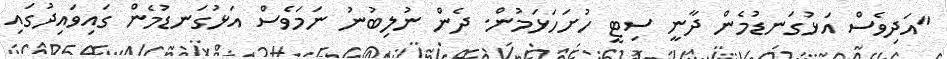
"އަދިވެސް އަޅުގަނޑުމެން ދާނީ ސިޓީ ހުށަހަޅަމުން. ދެން ނުލިބުނު ނަމަވެސް އަޅުގަނޑުމެން ގައިވައިދުގައި